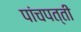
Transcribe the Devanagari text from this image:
पांचपत्ती